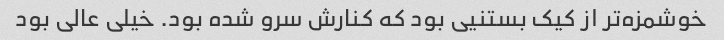
خوشمزه‌تر از کیک بستنیی بود که کنارش سرو شده بود. خیلی عالی بود